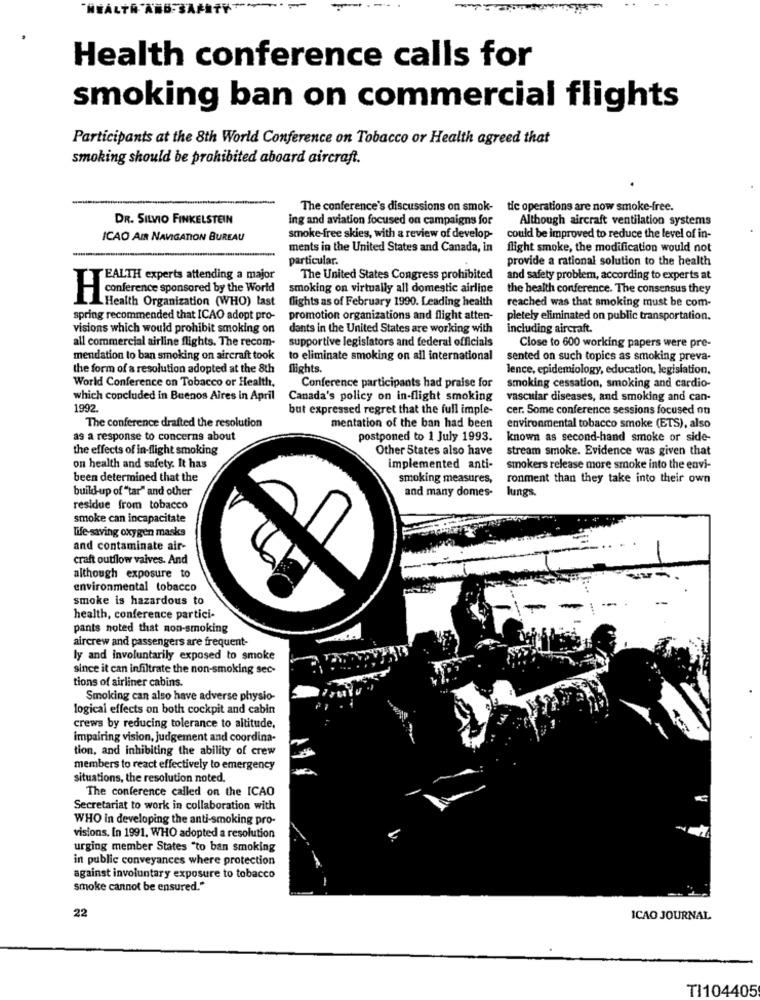
Health conference calls for
smoking ban on commercial flights
Participants at the 8th World Conference on Tobacco or Health agreed that
smoking should be prohibited aboard aircraft.
The conference's discussions on smok-
tic operations are now smoke-free.
DR. SILVIO FINKELSTEIN
ing and aviation focused on campaigns for
Although aircraft ventilation systems
ICAO AIR NAVIGATION BUREAU
smoke-free skies, with a review of develop-
could be improved to reduce the level of in-
ments in the United States and Canada, in
flight smoke, the modification would not
particular.
provide a rational solution to the health
EALTH experts attending a major
The United States Congress prohibited
and safety problem, according to experts at
smoking on virtually all domestic airline
the health conference. The consensus they
conference sponsored by the World
LHealth Organization (WHO) last
flights as of February 1990. Leading health
reached was that smoking must be com-
spring recommended that ICAO adopt pro-
promotion organizations and flight atten-
pletely eliminated on public transportation.
visions which would prohibit smoking on
dants in the United States are working with
including aircraft.
all commercial airline flights. The recom-
supportive legislators and federal officials
Close to 600 working papers were pre-
mendation to ban smoking on aircraft took
to eliminate smoking on all international
sented on such topics as smoking preva-
the form of a resolution adopted at the 8th
flights.
lence, epidemiology, education, legislation,
World Conference on Tobacco or Health,
Conference participants had praise for
smoking cessation, smoking and cardio-
which concluded in Buenos Aires in April
Canada's policy on in-flight smoking
vascular diseases, and smoking and can-
1992
but expressed regret that the full imple-
cer. Some conference sessions focused on
mentation of the ban had been
The conference drafted the resolution
environmental tobacco smoke (ETS), also
as a response to concerns about
postponed to 1 July 1993.
known as second-hand smoke or side-
the effects of in-flight smoking
Other States also have
stream smoke. Evidence was given that
on health and safety. It has
implemented anti-
smokers release more smoke into the envi-
been determined that the
smoking measures,
ronment than they take into their own
build-up of "tar" and other
and many domes-
lungs.
residue from tobacco
smoke can incapacitate
life -saving oxygen masks
and contaminate air-
craft outflow vaives. And
although exposure to
environmental tobacco
smoke is hazardous to
--
health, conference partici-
pants noted that non-smoking
aircrew and passengers are frequent-
ly and involuntarily exposed to smoke
since it can infiltrate the non-smoking sec-
tions of airliner cabins.
Smoking can also have adverse physio-
logical effects on both cockpit and cabin
crews by reducing tolerance to altitude,
impairing vision, judgement and coordina-
tion, and inhibiting the ability of crew
members to react effectively to emergency
situations, the resolution noted.
The conference called on the ICAO
Secretariat to work in collaboration with
WHO in developing the anti-smoking pro-
visions, In 1991, WHO adopted a resolution
urging member States "to ban smoking
in public conveyances where protection
against involuntary exposure to tobacco
smoke cannot be ensured."
22
ICAO JOURNAL
TI104405